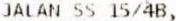
JALAN SS 15/4B,